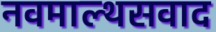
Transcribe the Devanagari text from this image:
नवमाल्थसवाद